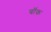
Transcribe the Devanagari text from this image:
बॉंक